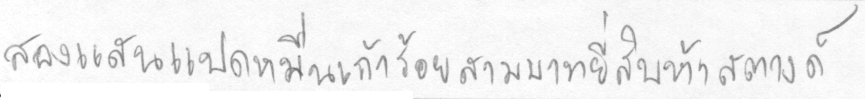
สองแสนแปดหมื่นเก้าร้อยสามบาทยี่สิบห้าสตางค์